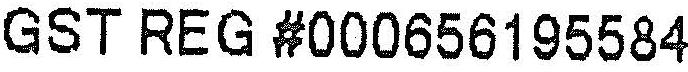
GST REG #000656195584